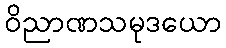
ဝိညာဏသမုဒယော